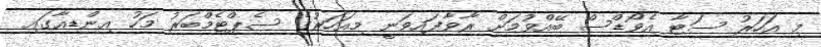
މި އަހަރު ސަޓާ އެވޯޑްސް ބޭއްވުމަށް ރާވާފައިވަނީ މިއަހަރުގެ ސެޕްޓެމްބަރު މަހު އިންޑިއާގައި